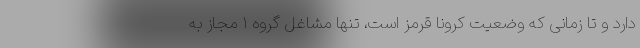
دارد و تا زمانی که وضعیت کرونا قرمز است، تنها مشاغل گروه ۱ مجاز به